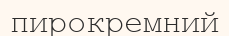
пирокремний